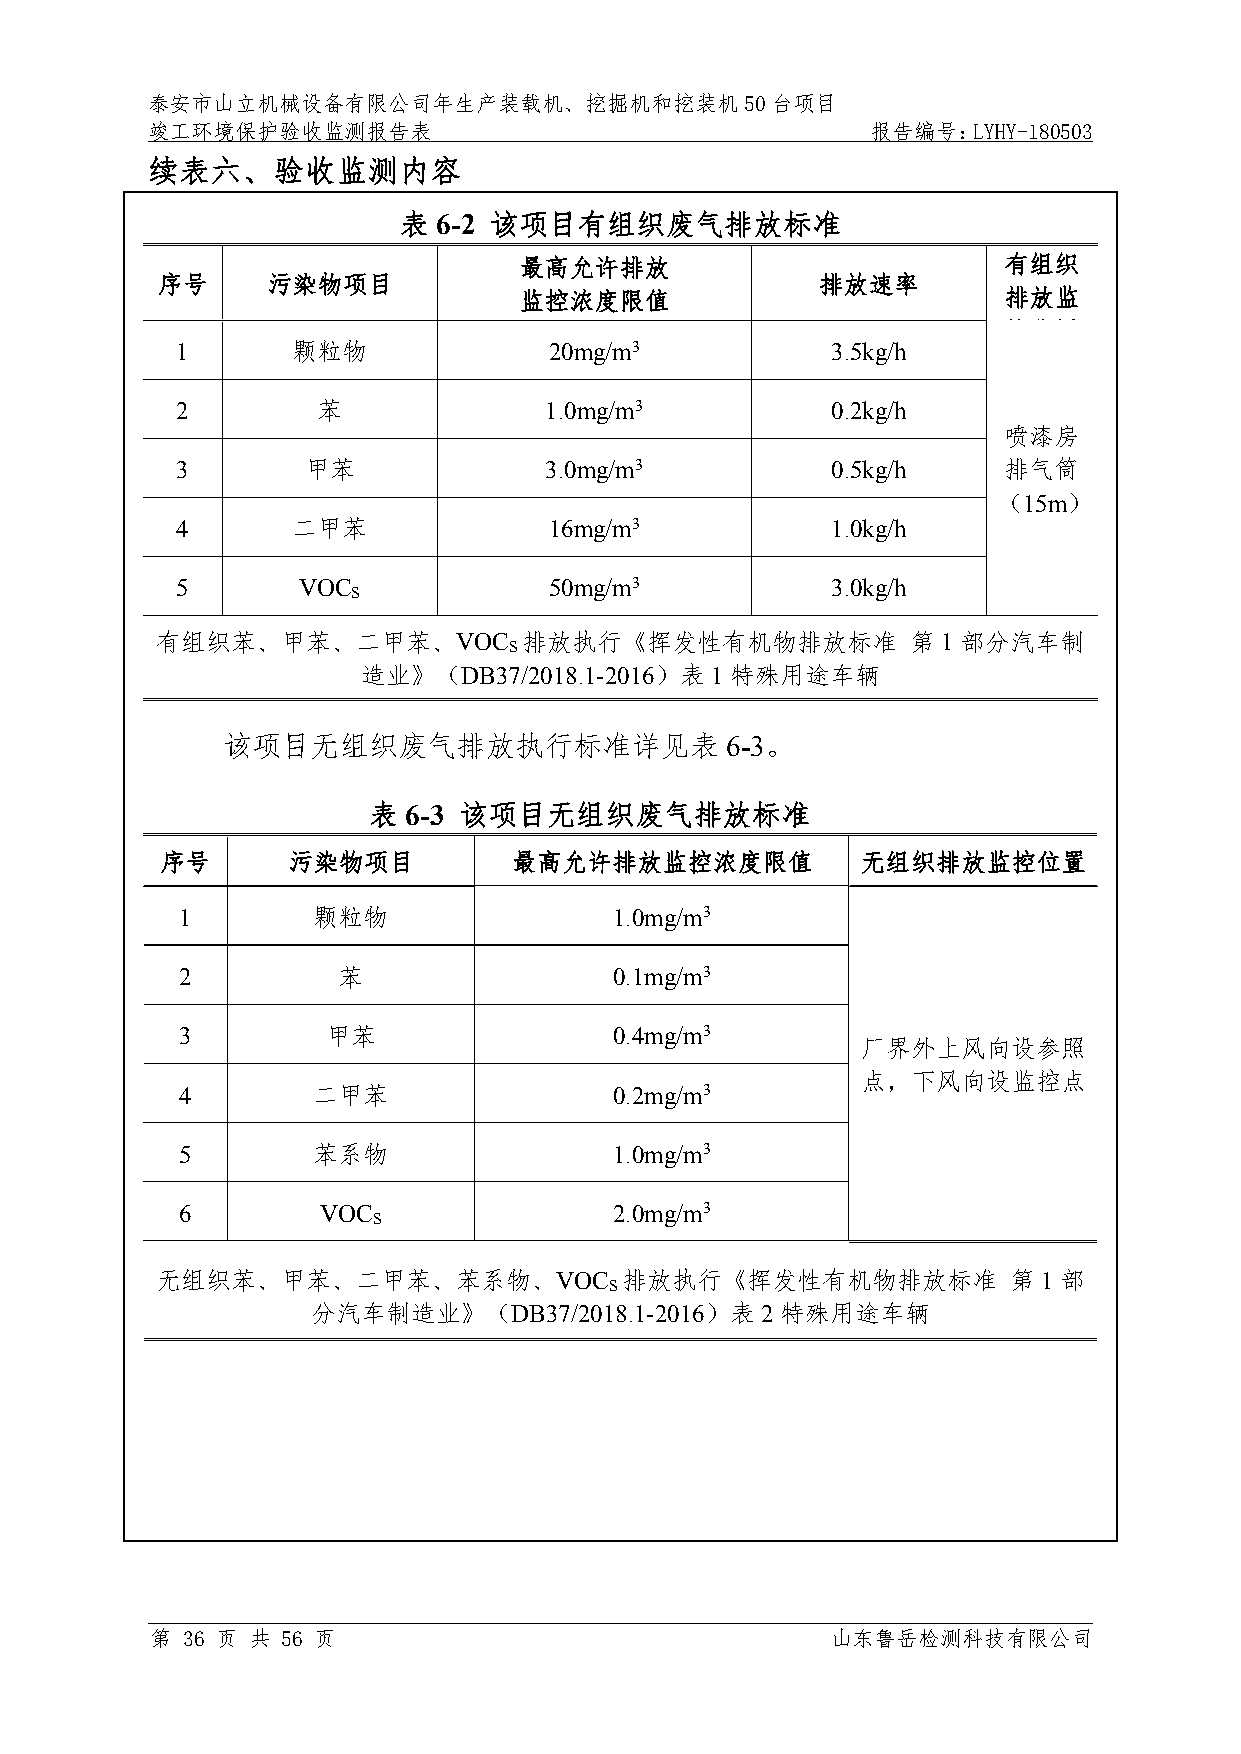
泰安市山立机械设备有限公司年生产装载机、挖掘机和挖装机50台项目
 竣工环境保护验收监测报告表                                   报告编号：LYHY-180503
 续表六、验收监测内容
 表  6-2 该项目有组织废气排放标准
 最高允许排放                          有组织
 序号      污染物项目                               排放速率
 监控浓度限值                          排放监
 控位置
 1      颗粒物              20mg/m3            3.5kg/h
 2        苯              1.0mg/m3           0.2kg/h
 喷漆房
 3       甲苯              3.0mg/m3           0.5kg/h    排气筒
 （15m）
 4      二甲苯              16mg/m3            1.0kg/h
 5       VOC             50mg/m3            3.0kg/h
 S
 有组织苯、甲苯、二甲苯、VOC          排放执行《挥发性有机物排放标准          第1部分汽车制
 S
 造业》（DB37/2018.1-2016）表1特殊用途车辆
 该项目无组织废气排放执行标准详见表                6-3。
 表  6-3 该项目无组织废气排放标准
 序号      污染物项目          最高允许排放监控浓度限值           无组织排放监控位置
 1        颗粒物                 1.0mg/m3
 2         苯                  0.1mg/m3
 3         甲苯                 0.4mg/m3
 厂界外上风向设参照
 点，下风向设监控点
 4        二甲苯                 0.2mg/m3
 5        苯系物                 1.0mg/m3
 6        VOC                 2.0mg/m3
 S
 无组织苯、甲苯、二甲苯、苯系物、VOC            排放执行《挥发性有机物排放标准           第1部
 S
 分汽车制造业》（DB37/2018.1-2016）表2特殊用途车辆
 第 36 页 共 56 页                                山东鲁岳检测科技有限公司